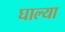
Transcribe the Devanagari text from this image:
घाल्या